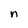
Character: n